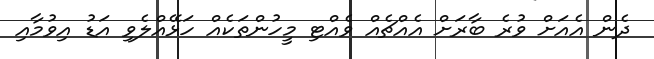
ދެން އެއަށް ވުރެ ބާރަށް އެއްޗެއް ވެއްޓި މީހުންތަކެއް ހަޅޭއްލެވި އަޑު އިވުމާއި